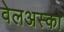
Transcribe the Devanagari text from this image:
वेलअस्को